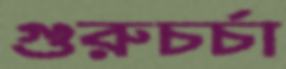
গুরুচর্চা